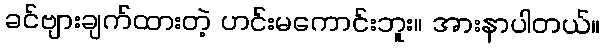
ခင်ဗျားချက်ထားတဲ့ ဟင်းမကောင်းဘူး။ အားနာပါတယ်။